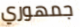
جمهوري